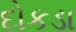
દોકડા